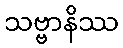
သဗ္ဗာနိဿ